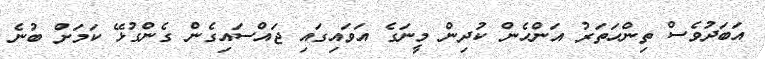
އަބަދުވެސް ތިންހަތަރު އަންހެން ކުދިން މީނަގެ އަވައިގައި ޖައްސައިގެން ގެންގުޅޭ ކަމަށް ބުނެ